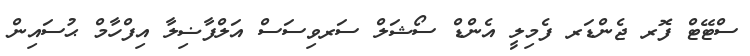
ސްޓޭޓް ފޮރ ޖެންޑަރ ފެމިލީ އެންޑް ސޯޝަލް ސަރވިސަސް އަލްފާޟިލާ އިފްހާމް ޙުސައިން